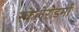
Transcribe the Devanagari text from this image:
स्केलेरोडर्मा